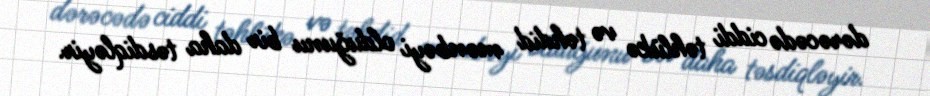
dərəcədə ciddi təhlükə və təhdid mənbəyi olduğunu bir daha təsdiqləyir.